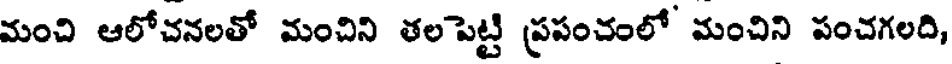
మంచి ఆలోచనలతో మంచిని తలపెట్టి ప్రపంచంలో మంచిని పంచగలది,